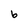
Character: b